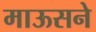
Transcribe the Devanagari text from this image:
माऊसने